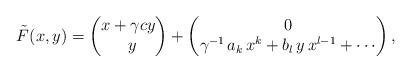
LaTeX: \begin{align*}& \tilde{F}(x, y) = \begin{pmatrix}x + \gamma c y \\\ \, y\end{pmatrix} +\begin{pmatrix}0 \\\gamma^{-1} \, a_k \, x^k + b_l \, y \, x^{l-1} + \cdots \end{pmatrix}, \end{align*}